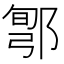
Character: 𨜬